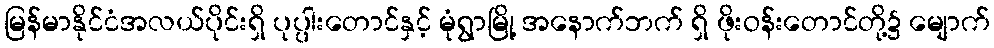
မြန်မာနိုင်ငံအလယ်ပိုင်းရှိ ပုပ္ပါးတောင်နှင့် မုံရွာမြို့ အနောက်ဘက် ရှိ ဖိုးဝန်းတောင်တို့၌ မျောက်